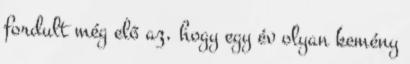
fordult még elő az, hogy egy év olyan kemény